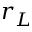
r _ { L }